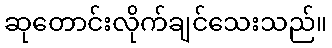
ဆုတောင်းလိုက်ချင်သေးသည်။